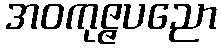
အဝကုဇ္ဇပညော